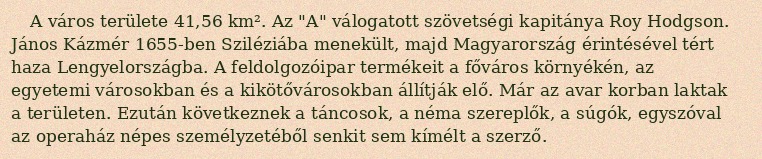
A város területe 41,56 km². Az "A" válogatott szövetségi kapitánya Roy Hodgson. János Kázmér 1655-ben Sziléziába menekült, majd Magyarország érintésével tért haza Lengyelországba. A feldolgozóipar termékeit a főváros környékén, az egyetemi városokban és a kikötővárosokban állítják elő. Már az avar korban laktak a területen. Ezután következnek a táncosok, a néma szereplők, a súgók, egyszóval az operaház népes személyzetéből senkit sem kímélt a szerző.